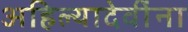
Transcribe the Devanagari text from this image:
अहिल्यादेवींना